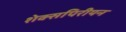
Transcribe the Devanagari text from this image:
शेक्सपिरीयन